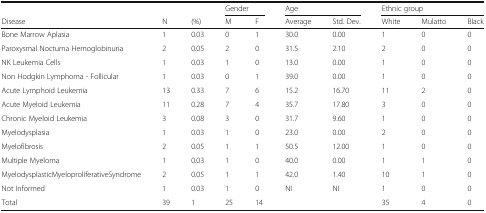
<table><thead><tr><td></td><td></td><td></td><td colspan="2"><b>Gender</b></td><td colspan="2"><b>Age</b></td><td colspan="3"><b>Ethnic group</b></td></tr><tr><td><b>Disease</b></td><td><b>N</b></td><td><b>(%)</b></td><td><b>M</b></td><td><b>F</b></td><td><b>Average</b></td><td><b>Std. Dev.</b></td><td><b>White</b></td><td><b>Mulatto</b></td><td><b>Black</b></td></tr></thead><tbody><tr><td>Bone Marrow Aplasia</td><td>1</td><td>0.03</td><td>0</td><td>1</td><td>30.0</td><td>0.00</td><td>1</td><td>0</td><td>0</td></tr><tr><td>Paroxysmal Nocturna Hemoglobinuria</td><td>2</td><td>0.05</td><td>2</td><td>0</td><td>31.5</td><td>2.10</td><td>2</td><td>0</td><td>0</td></tr><tr><td>NK Leukemia Cells</td><td>1</td><td>0.03</td><td>1</td><td>0</td><td>13.0</td><td>0.00</td><td>1</td><td>0</td><td>0</td></tr><tr><td>Non Hodgkin Lymphoma - Follicular</td><td>1</td><td>0.03</td><td>0</td><td>1</td><td>39.0</td><td>0.00</td><td>1</td><td>0</td><td>0</td></tr><tr><td>Acute Lymphoid Leukemia</td><td>13</td><td>0.33</td><td>7</td><td>6</td><td>15.2</td><td>16.70</td><td>11</td><td>2</td><td>0</td></tr><tr><td>Acute Myeloid Leukemia</td><td>11</td><td>0.28</td><td>7</td><td>4</td><td>35.7</td><td>17.80</td><td>3</td><td>0</td><td>0</td></tr><tr><td>Chronic Myeloid Leukemia</td><td>3</td><td>0.08</td><td>3</td><td>0</td><td>31.7</td><td>9.60</td><td>1</td><td>0</td><td>0</td></tr><tr><td>Myelodysplasia</td><td>1</td><td>0.03</td><td>1</td><td>0</td><td>23.0</td><td>0.00</td><td>2</td><td>0</td><td>0</td></tr><tr><td>Myelofibrosis</td><td>2</td><td>0.05</td><td>1</td><td>1</td><td>50.5</td><td>12.00</td><td>1</td><td>0</td><td>0</td></tr><tr><td>Multiple Myeloma</td><td>1</td><td>0.03</td><td>1</td><td>0</td><td>40.0</td><td>0.00</td><td>1</td><td>1</td><td>0</td></tr><tr><td>MyelodysplasticMyeloproliferativeSyndrome</td><td>2</td><td>0.05</td><td>1</td><td>1</td><td>42.0</td><td>1.40</td><td>10</td><td>1</td><td>0</td></tr><tr><td>Not Informed</td><td>1</td><td>0.03</td><td>1</td><td>0</td><td>NI</td><td>NI</td><td>1</td><td>0</td><td>0</td></tr><tr><td>Total</td><td>39</td><td>1</td><td>25</td><td>14</td><td></td><td></td><td>35</td><td>4</td><td>0</td></tr></tbody></table>